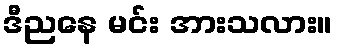
ဒီညနေ မင်း အားသလား။